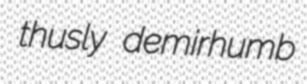
thusly demirhumb